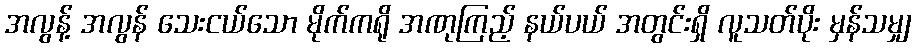
အလွန့် အလွန် သေးငယ်သော မိုက်ကရို အဏုကြည့် နယ်ပယ် အတွင်းရှိ လူသတ်ပိုး မှန်သမျှ